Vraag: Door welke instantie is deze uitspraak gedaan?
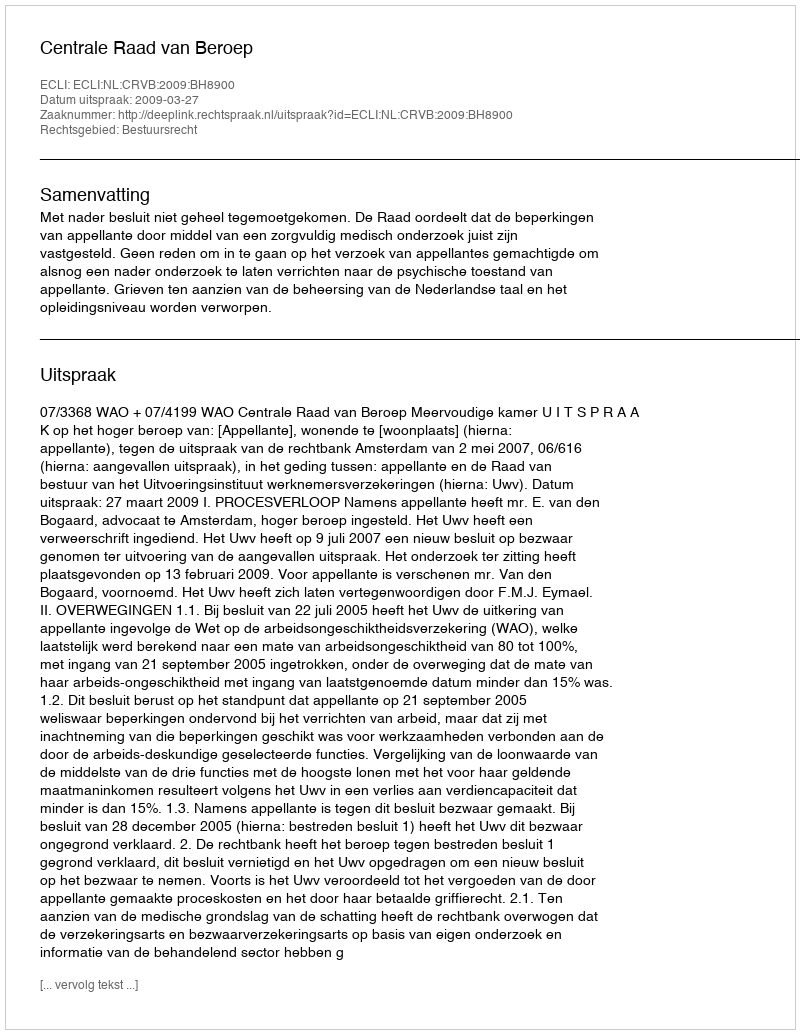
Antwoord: Centrale Raad van Beroep